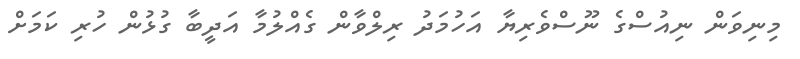
މިނިވަން ނިއުސްގެ ނޫސްވެރިޔާ އަހުމަދު ރިލްވާން ގެއްލުމާ އަދީބާ ގުޅުން ހުރި ކަމަށް